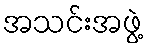
အသင်းအဖွဲ့